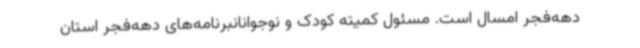
دهه‌فجر امسال است. مسئول کمیته کودک و نوجوانانبرنامه‌های دهه‌فجر استان